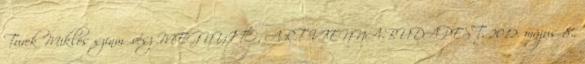
Turek Miklós színművész MEGNYITÓ, ART VIENNA-BUDAPEST. 2012. május 8.,